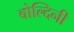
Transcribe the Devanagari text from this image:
बोल्दिनी